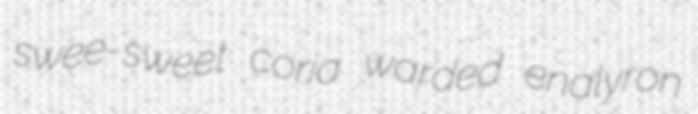
swee-sweet coria warded enalyron